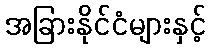
အခြားနိုင်ငံများနှင့်